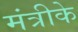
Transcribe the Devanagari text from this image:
मंत्रीके